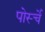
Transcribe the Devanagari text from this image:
पोर्स्चे